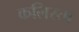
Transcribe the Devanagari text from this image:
कलिस्ता